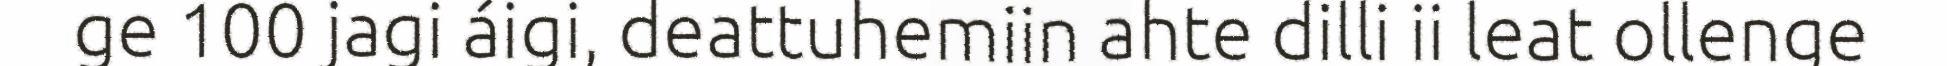
ge 100 jagi áigi, deattuhemiin ahte dilli ii leat ollenge